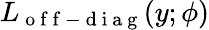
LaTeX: L_{\mathrm{~o~f~f~-~d~i~a~g~}}(y;\phi)